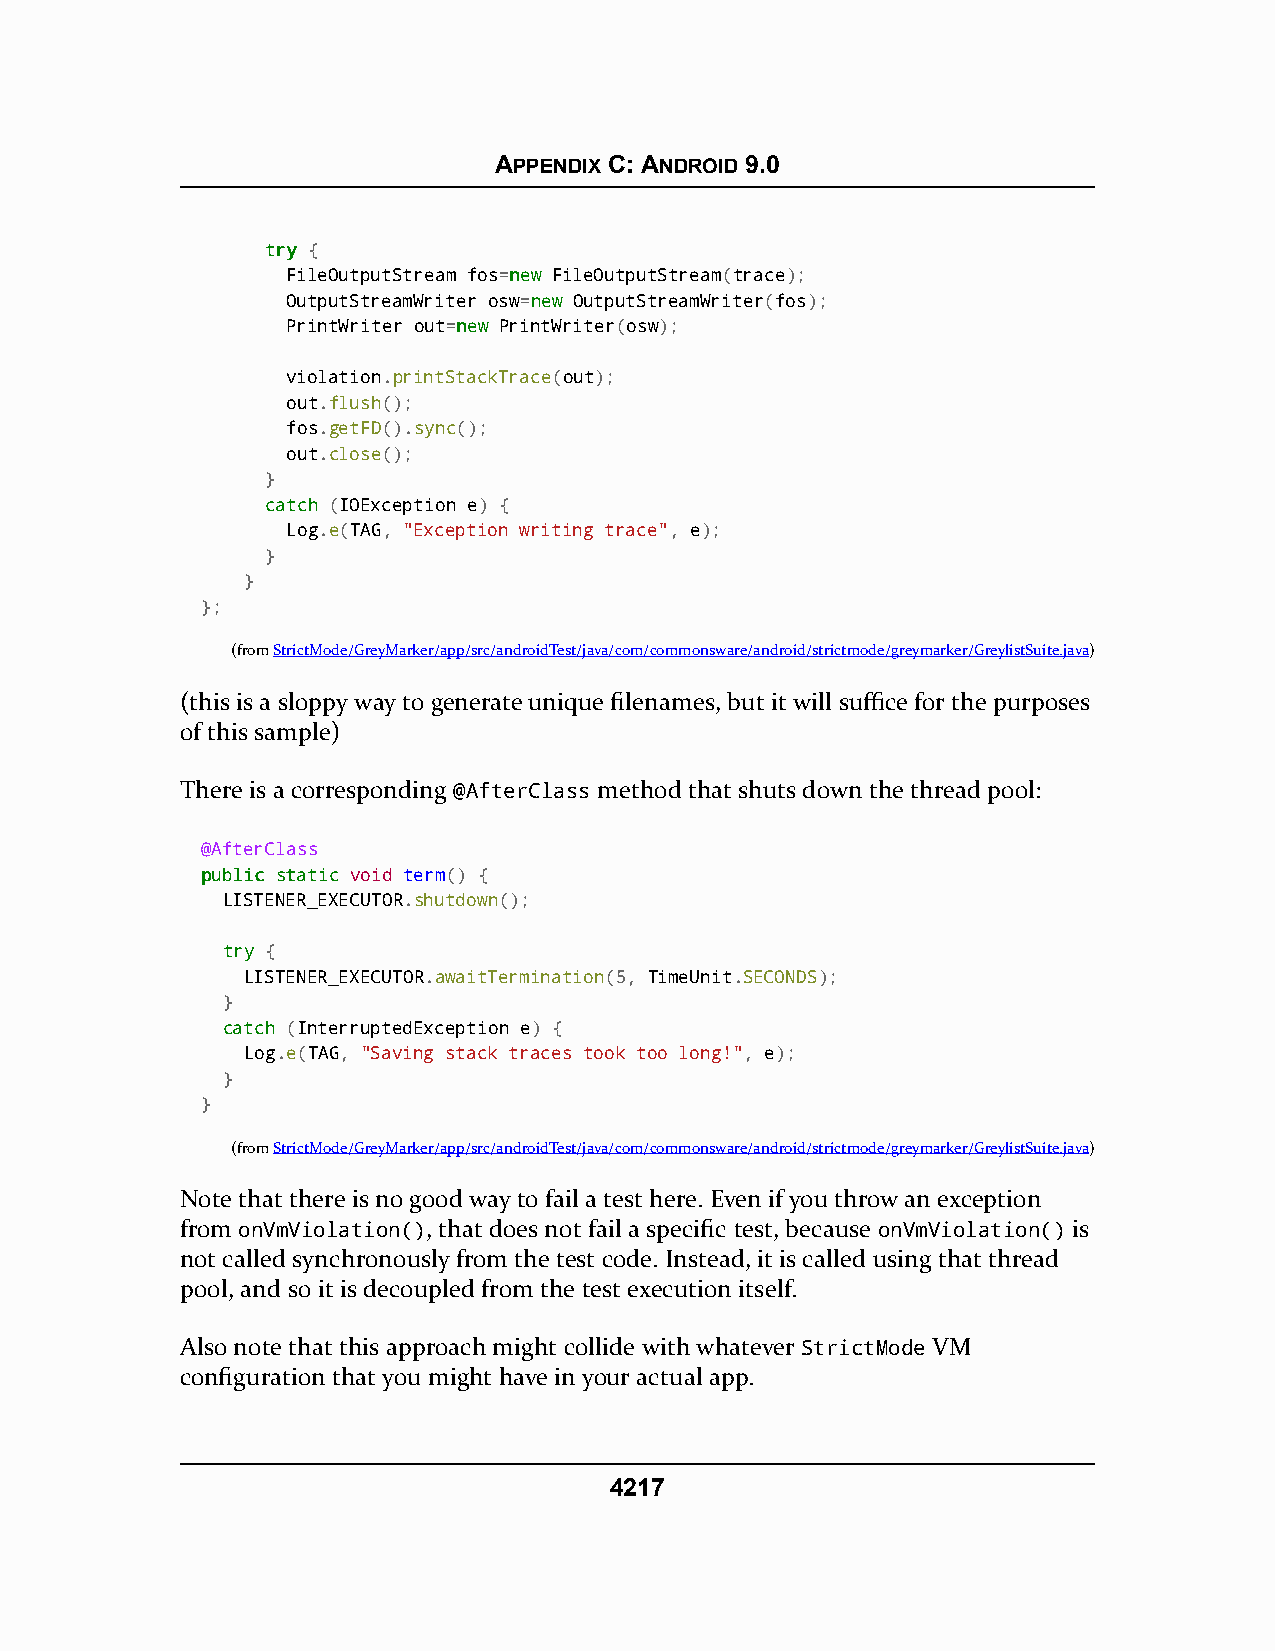
APPENDIX C: ANDROID 9.0
 ttrryy {
 FileOutputStream fos=nneeww FileOutputStream(trace);
 OutputStreamWriter osw=nneeww OutputStreamWriter(fos);
 PrintWriter out=nneeww PrintWriter(osw);
 violation.printStackTrace(out);
 out.flush();
 fos.getFD().sync();
 out.close();
 }
 ccaattcchh (IOException e) {
 Log.e(TAG, "Exception writing trace", e);
 }
 }
 };
 (fromStrictMode/GreyMarker/app/src/androidTest/java/com/commonsware/android/strictmode/greymarker/GreylistSuite.java)
 (this is a sloppy way to generate unique filenames, but it will suffice for the purposes
 of this sample)
 There is a corresponding @AfterClass method that shuts down the thread pool:
 @AfterClass
 ppuubblliicc ssttaattiicc void term() {
 LISTENER_EXECUTOR.shutdown();
 ttrryy {
 LISTENER_EXECUTOR.awaitTermination(5, TimeUnit.SECONDS);
 }
 ccaattcchh (InterruptedException e) {
 Log.e(TAG, "Saving stack traces took too long!", e);
 }
 }
 (fromStrictMode/GreyMarker/app/src/androidTest/java/com/commonsware/android/strictmode/greymarker/GreylistSuite.java)
 Note that there is no good way to fail a test here. Even if you throw an exception
 from onVmViolation(), that does not fail a specific test, because onVmViolation() is
 not called synchronously from the test code. Instead, it is called using that thread
 pool, and so it is decoupled from the test execution itself.
 Also note that this approach might collide with whatever StrictMode VM
 configuration that you might have in your actual app.
 4217